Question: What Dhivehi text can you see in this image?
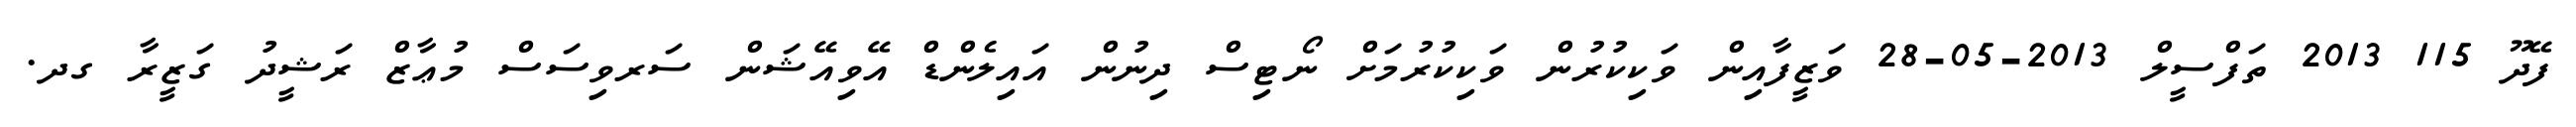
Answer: ފޭދޫ 115 2013 ތަފްސީލް 2013-05-28 ވަޒީފާއިން ވަކިކުރުން ވަކިކުރުމަށް ނޯޓިސް ދިނުން އައިލެންޑް އޭވިއޭޝަން ސަރވިސަސް މުޢާޒް ރަޝީދު ގަޒީރާ ގދ.